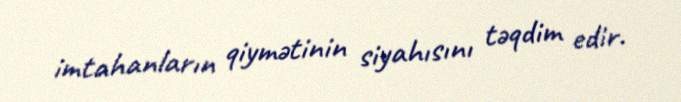
imtahanların qiymətinin siyahısını təqdim edir.